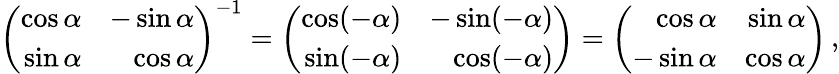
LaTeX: \left({\begin{array}{rr}{\cos\alpha}&{-\sin\alpha}\\ {\sin\alpha}&{\cos\alpha}\end{array}}\right)^{-1}=\left({\begin{array}{rr}{\cos(-\alpha)}&{-\sin(-\alpha)}\\ {\sin(-\alpha)}&{\cos(-\alpha)}\end{array}}\right)=\left({\begin{array}{rr}{\cos\alpha}&{\sin\alpha}\\ {-\sin\alpha}&{\cos\alpha}\end{array}}\right)\, ,